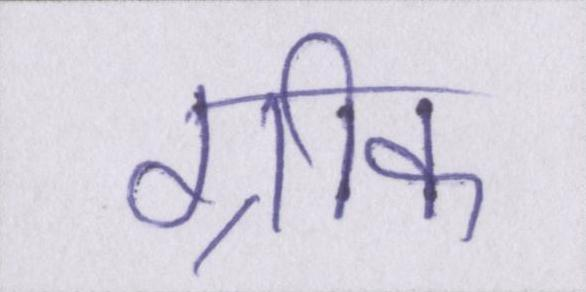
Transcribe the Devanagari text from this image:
ग्रीक